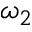
\omega _ { 2 }